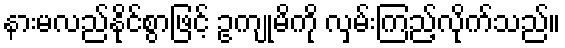
နားမလည်နိုင်စွာဖြင့် ဥကျုမိကို လှမ်းကြည့်လိုက်သည်။